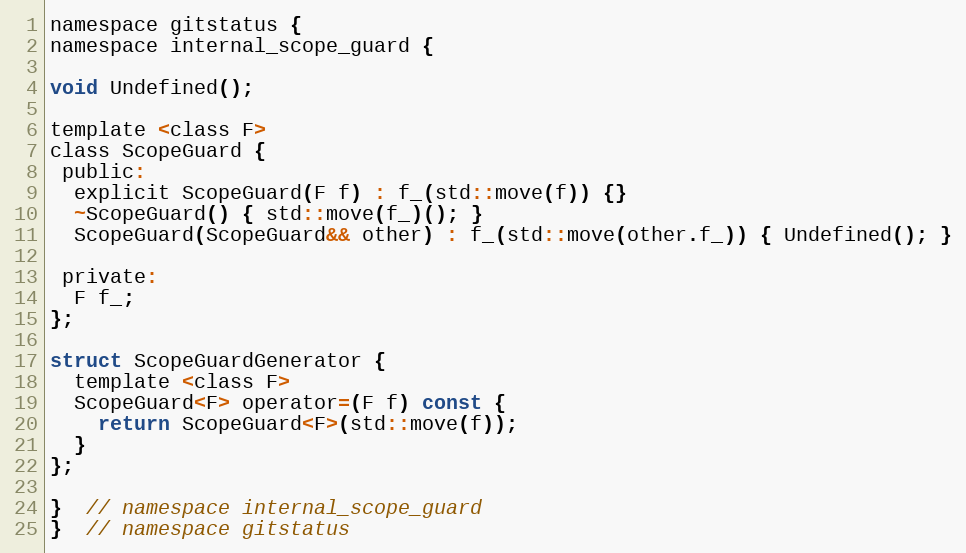
Language: C
namespace gitstatus {
namespace internal_scope_guard {

void Undefined();

template <class F>
class ScopeGuard {
 public:
  explicit ScopeGuard(F f) : f_(std::move(f)) {}
  ~ScopeGuard() { std::move(f_)(); }
  ScopeGuard(ScopeGuard&& other) : f_(std::move(other.f_)) { Undefined(); }

 private:
  F f_;
};

struct ScopeGuardGenerator {
  template <class F>
  ScopeGuard<F> operator=(F f) const {
    return ScopeGuard<F>(std::move(f));
  }
};

}  // namespace internal_scope_guard
}  // namespace gitstatus